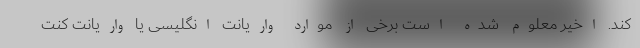
کند. اخیر معلوم شده است برخی از موارد واریانت انگلیسی یا واریانت کنت